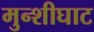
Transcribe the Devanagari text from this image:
मुन्शीघाट